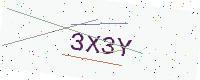
Text: 3X3Y